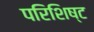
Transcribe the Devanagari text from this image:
परिशिष्‍ट